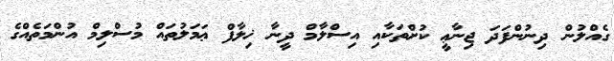
ގެއްލުން ދިނުންފަދަ ޖިނާޢީ ކުށްތަކާއި އިސްލާމް ދީނާ ޚިލާފް ޢަމަލުތައް މުސްލިމް އުންމަތެއްގެ